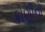
કોણીનો